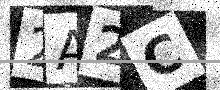
Text: 2A2C